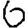
Digit: 6